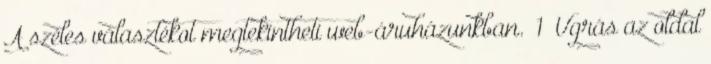
A széles választékot megtekintheti web-áruházunkban. 1 Ugrás az oldal